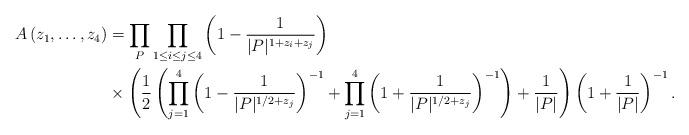
LaTeX: \begin{align*} A \left( z_1, \ldots, z_4 \right) &= \prod_{P} \prod_{1 \leq i \leq j \leq 4} \left( 1- \frac{1}{|P|^{1+z_i+z_j}} \right) \\ & \times \left( \frac{1}{2} \left( \prod_{j=1}^4 \left(1- \frac{1}{|P|^{1/2+z_j}} \right)^{-1} + \prod_{j=1}^4 \left(1+ \frac{1}{|P|^{1/2+z_j}} \right)^{-1} \right) +\frac{1}{|P|} \right) \left( 1+ \frac{1}{|P|} \right)^{-1}. \end{align*}